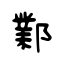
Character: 鄴